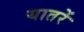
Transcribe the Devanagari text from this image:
यातरें